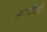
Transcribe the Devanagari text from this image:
समर्धयति